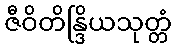
ဇီဝိတိန္ဒြိယသုတ္တံ